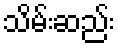
သိမ်းဆည်း